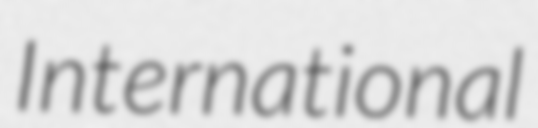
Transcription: International